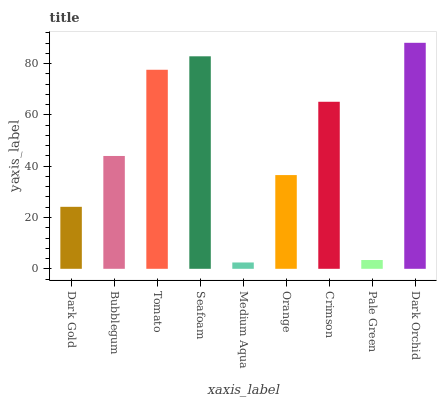
| xaxis_label | bars |
 | --- | --- |
 | Dark Gold | 24.2 |
 | Bubblegum | 44 |
 | Tomato | 77.6 |
 | Seafoam | 82.8 |
 | Medium Aqua | 2.47 |
 | Orange | 36.5 |
 | Crimson | 65.1 |
 | Pale Green | 3.43 |
 | Dark Orchid | 88.1 |